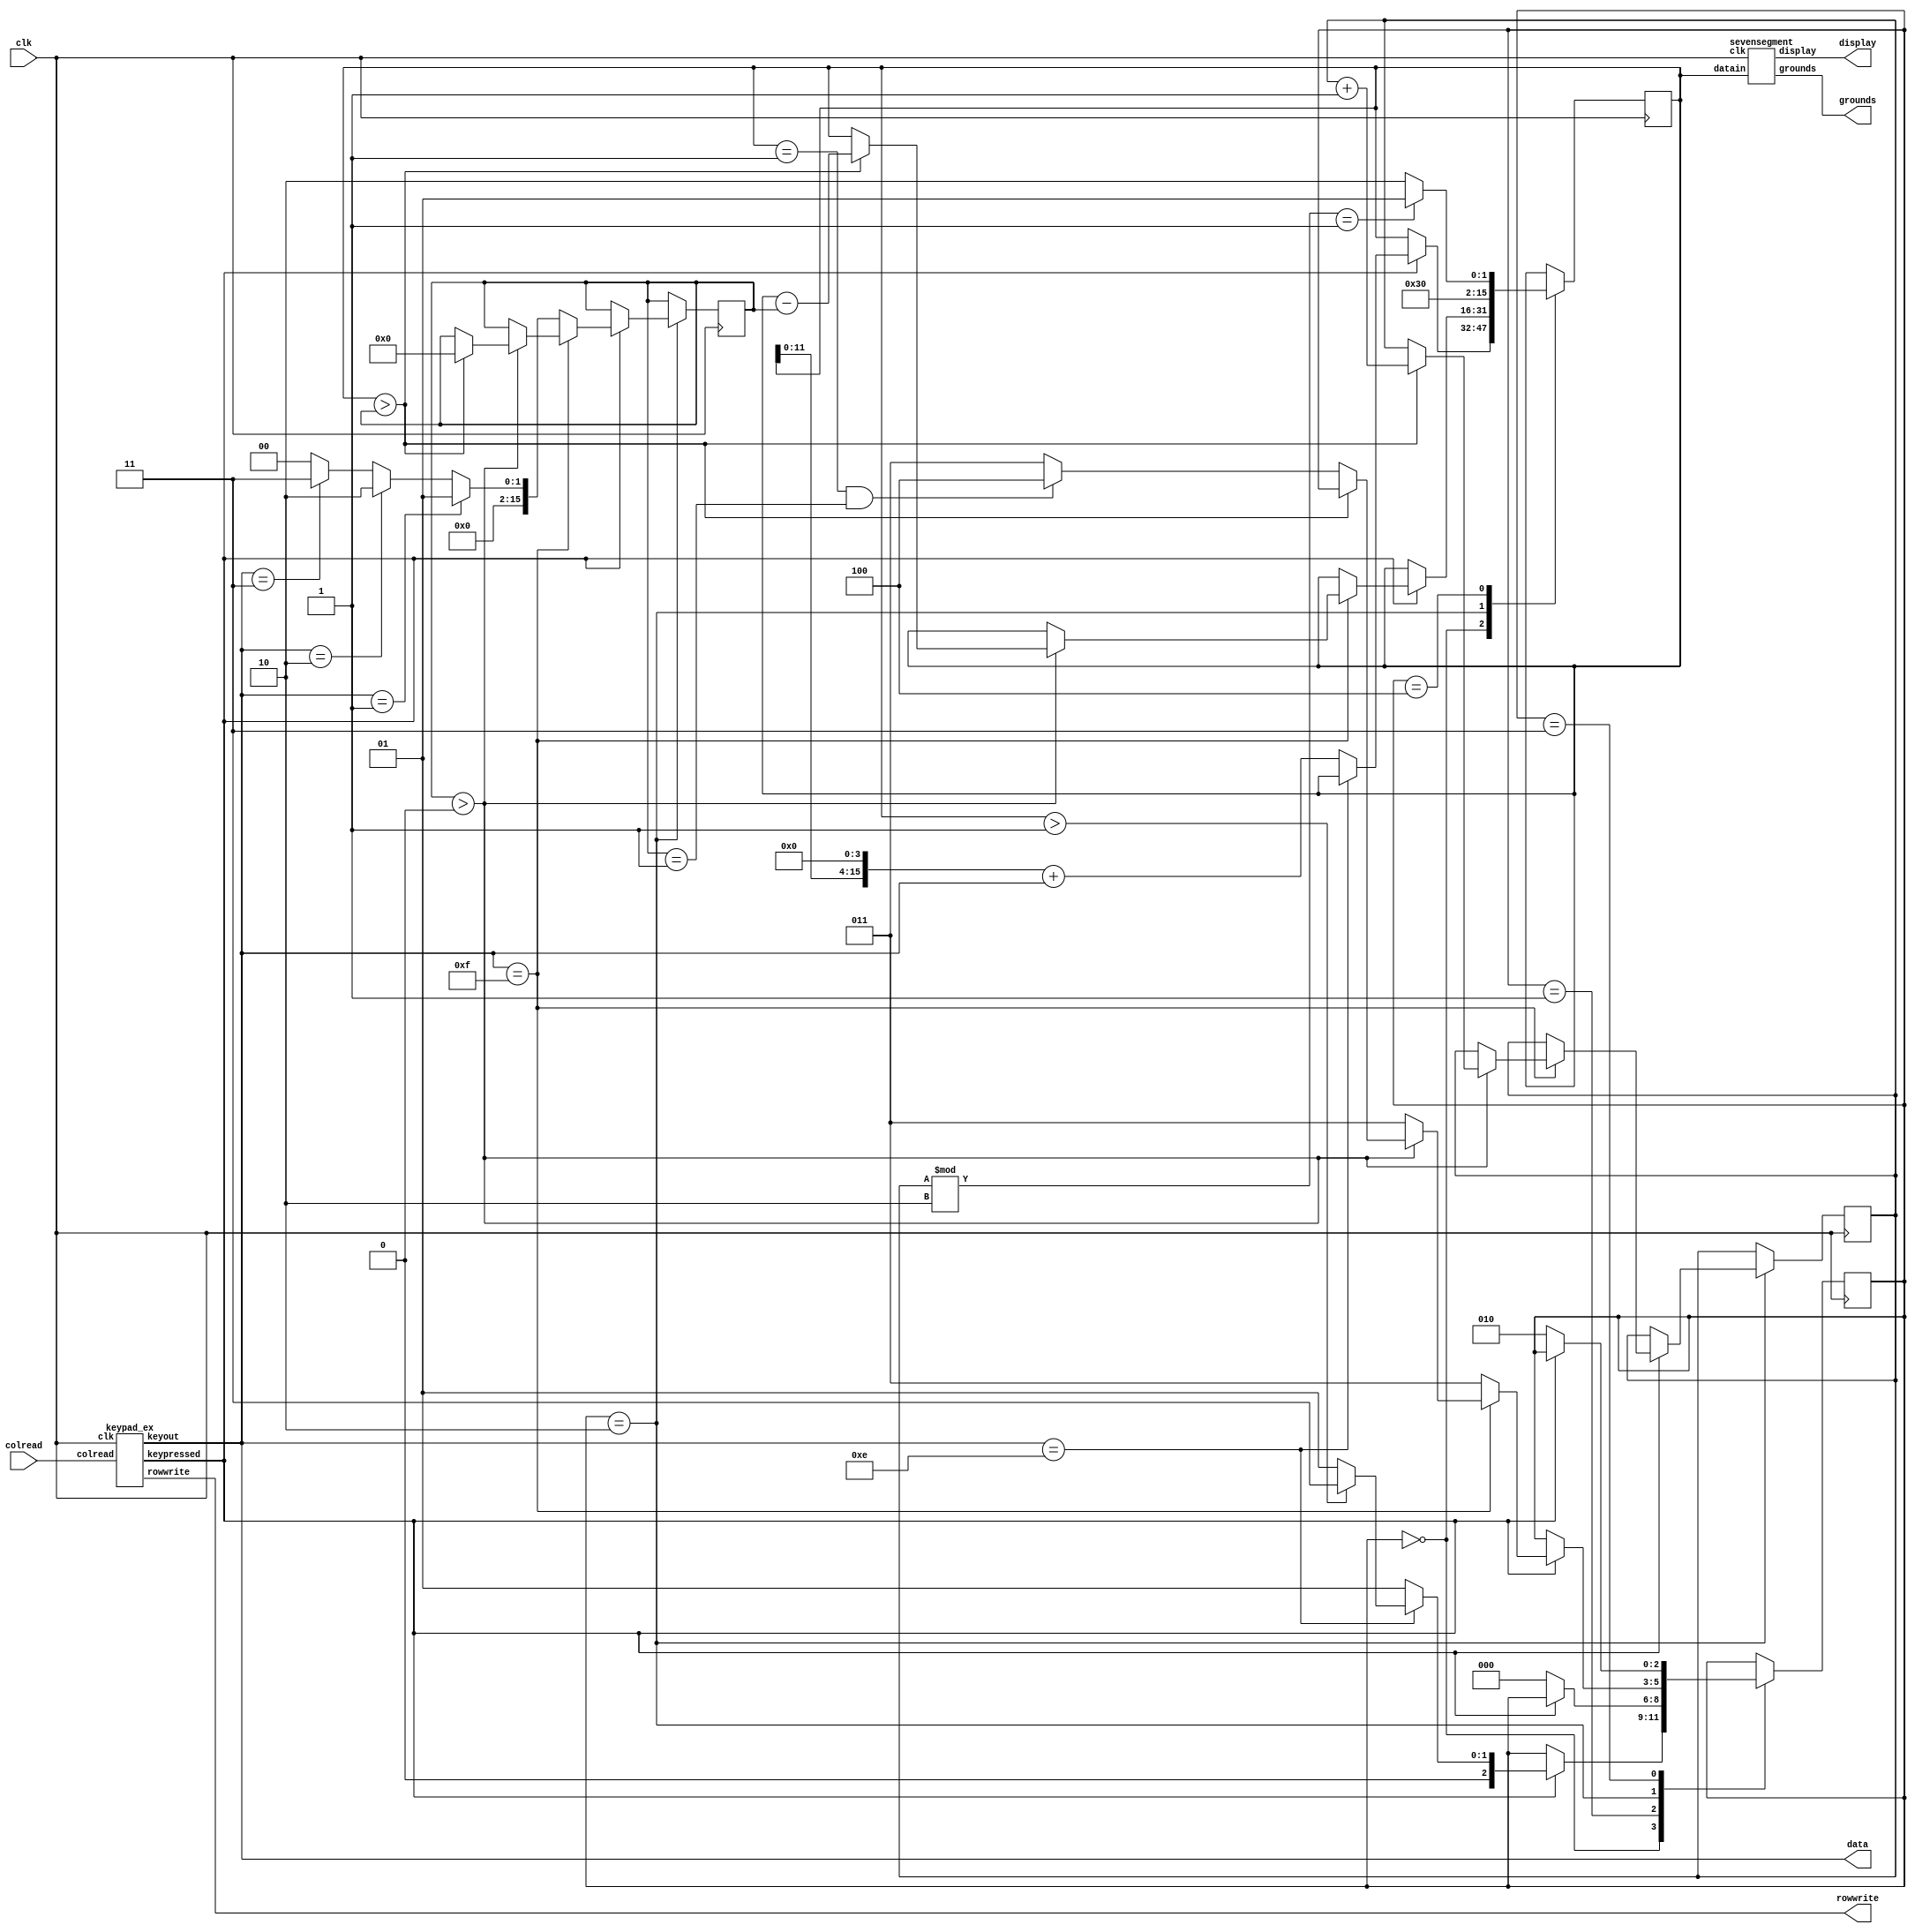
module zuckberberg (  output wire [3:0] rowwrite,
						input [3:0] colread,
						input clk,
						output wire [3:0] data,
						
						output wire [3:0] grounds,
						output wire [6:0] display
					);
reg [15:0] data_all;
wire [3:0] keyout;
reg [25:0] clk1;
wire keypressed;
reg [2:0] state;
reg [15:0] buffer;
reg winner;

assign data=keyout;

sevensegment ss1 (.datain(data_all), .grounds(grounds), .display(display), .clk(clk));

keypad_ex  kp1(.rowwrite(rowwrite),.colread(colread),.clk(clk),.keyout(keyout),.keypressed(keypressed));






always @(posedge clk)
	case(state)
		3'b000:
				if (keypressed)
					begin
						if (keyout==4'hE)
							begin
								if (data_all>16'b1)
									state<=3'b11;
								else
									state<=3'b1;
							end
						else
							begin
								data_all<=(data_all<<4)+keyout;
								state<=3'b1;
							end

					end
		3'b001:
				if (~keypressed)
					state<=0;
					
		3'b010:
				if (keypressed)
					begin
						if(keyout==4'hF)
							begin
								if(buffer>16'h0)
									begin
										if(data_all > buffer)
											begin
												data_all<=data_all - buffer;
												winner<=winner+1;
												buffer<=16'b0;
											end
										else
											begin
												if((data_all==1) && (buffer==1))
													state<=3'b100;
												else
													state<=3'b011;
											end
									end
								else
									state<=3'b011;
							end
						else if(keyout==4'h1)
							begin
								buffer<=16'b01;
								state<=3'b011;
							end
						else if(keyout==4'h2)
							begin
								buffer<=16'b10;
								state<=3'b011;
							end
						else if(keyout==4'h3)
							begin
								buffer<=16'b11;
								state<=3'b011;
							end
						else
							begin
								buffer<=16'b0;
								state<=3'b011;
							end
				end
							
		3'b011:
				if (~keypressed)
						state<=3'b010;
		3'b100:
				if(winner % 2 == 1)
					data_all=16'hc1;
				else
					data_all=16'hc2;
				
				
		
	endcase
	
	
	
initial 
	begin
		buffer=16'b0;
		winner=0;
		state=0;
	end

endmodule

module keypad_ex (
						output reg [3:0] rowwrite,
						input [3:0] colread,
						input clk,
						output reg [3:0] keyout,
						output wire keypressed
						);
						
reg [25:0] clk1;
reg [3:0] keyread;
reg [3:0] rowpressed;
reg [3:0] pressedcol [0:3];
reg [11:0] rowpressed_buffer0;
reg [11:0] rowpressed_buffer1;
reg [11:0] rowpressed_buffer2;
reg [11:0] rowpressed_buffer3;

reg [3:0] rowpressed_debounced;
always @(posedge clk)
	clk1<=clk1+1;

always @(posedge clk1[15])
	rowwrite<={rowwrite[2:0], rowwrite[3]};

always @(posedge clk1[15])
	if (rowwrite== 4'b1110)
		begin
			rowpressed[0]<= ~(&colread); //colread=1111--> none of them pressed, colread=1110 --> 1, colread=1101-->2, 1011-->3, 0111->A
			pressedcol[0]<=colread;
		end
	else if (rowwrite==4'b1101)
		begin
			rowpressed[1]<= ~(&colread); //colread=1111--> none of them pressed, colread=1110 --> 4, colread=1101-->5, 1011-->6, 0111->B
			pressedcol[1]<=colread;
		end
	else if (rowwrite==4'b1011)
		begin
			rowpressed[2]<= ~(&colread); //colread=1111--> none of them pressed, colread=1110 --> 7, colread=1101-->8, 1011-->9, 0111->C
			pressedcol[2]<=colread;
		end
	else if (rowwrite==4'b0111)
		begin
			rowpressed[3]<= ~(&colread); //colread=1111--> none of them pressed, colread=1110 --> *(E), colread=1101-->0, 1011-->#(F), 0111->D
			pressedcol[3]<=colread;
		end
		
wire transition0_10;
wire transition0_01;

assign transition0_10=~|rowpressed_buffer0;
assign transition0_01=&rowpressed_buffer0;

wire transition1_10;
wire transition1_01;

assign transition1_10=~|rowpressed_buffer1;
assign transition1_01=&rowpressed_buffer1;

wire transition2_10;
wire transition2_01;

assign transition2_10=~|rowpressed_buffer2;
assign transition2_01=&rowpressed_buffer2;

wire transition3_10;
wire transition3_01;

assign transition3_10=~|rowpressed_buffer3; //kpd=1-->0
assign transition3_01=&rowpressed_buffer3;  //kpd=0-->1


always @(posedge clk1[15])
	begin
		rowpressed_buffer0<= {rowpressed_buffer0[10:0],rowpressed[0]};
		if (rowpressed_debounced[0]==0 && transition0_01)
			rowpressed_debounced[0]<=1;
		if (rowpressed_debounced[0]==1 && transition0_10)
			rowpressed_debounced[0]<=0;
	
	rowpressed_buffer1<= {rowpressed_buffer1[10:0],rowpressed[1]};
		if (rowpressed_debounced[1]==0 && transition1_01)
			rowpressed_debounced[1]<=1;
		if (rowpressed_debounced[1]==1 && transition1_10)
			rowpressed_debounced[1]<=0;
			
	rowpressed_buffer2<= {rowpressed_buffer2[10:0],rowpressed[2]};
		if (rowpressed_debounced[2]==0 && transition2_01)
			rowpressed_debounced[2]<=1;
		if (rowpressed_debounced[2]==1 && transition2_10)
			rowpressed_debounced[2]<=0;
	
	rowpressed_buffer3<= {rowpressed_buffer3[10:0],rowpressed[3]};
		if (rowpressed_debounced[3]==0 && transition3_01)
			rowpressed_debounced[3]<=1;
		if (rowpressed_debounced[3]==1 && transition3_10)
			rowpressed_debounced[3]<=0;
	end 

always @*
	begin
		if (rowpressed_debounced[0]==1)
			begin
				if (pressedcol[0]==4'b1110)
					keyread=4'h1;
				else if (pressedcol[0]==4'b1101)
					keyread=4'h2;
				else if (pressedcol[0]==4'b1011)
					keyread=4'h3;
				else if (pressedcol[0]==4'b0111)
					keyread=4'hA;
				else keyread=4'b0000;
			end
		else if (rowpressed_debounced[1]==1)
			begin
				if (pressedcol[1]==4'b1110)
					keyread=4'h4;
				else if (pressedcol[1]==4'b1101)
					keyread=4'h5;
				else if (pressedcol[1]==4'b1011)
					keyread=4'h6;
				else if (pressedcol[1]==4'b0111)
					keyread=4'hB;
				else keyread=4'b0000;
			end
		else if (rowpressed_debounced[2]==1)
			begin
				if (pressedcol[2]==4'b1110)
					keyread=4'h7;
				else if (pressedcol[2]==4'b1101)
					keyread=4'h8;
				else if (pressedcol[2]==4'b1011)
					keyread=4'h9;
				else if (pressedcol[2]==4'b0111)
					keyread=4'hC;
				else keyread=4'b0000;
			end
		else if (rowpressed_debounced[3]==1)
			begin
				if (pressedcol[3]==4'b1110)
					keyread=4'hE;
				else if (pressedcol[3]==4'b1101)
					keyread=4'h0;
				else if (pressedcol[3]==4'b1011)
					keyread=4'hF;
				else if (pressedcol[3]==4'b0111)
					keyread=4'hD;
				else keyread=4'b0000;
			end
		else keyread=4'b0000;
	end //always


assign keypressed= rowpressed_debounced[0]||rowpressed_debounced[1]||rowpressed_debounced[2]||rowpressed_debounced[3];
	
always @(posedge keypressed)
			keyout<=keyread;

initial rowwrite=4'b1110;		

endmodule

module sevensegment(datain, grounds, display, clk);
	input wire [15:0] datain;
	output reg [3:0] grounds;
	output reg [6:0] display;
	input clk;	
	reg [3:0] data [3:0];
	reg [1:0] count;
	reg [25:0] clk1;
	
	always @(posedge clk1[15])
		begin
			grounds <= {grounds[2:0],grounds[3]};
			count <= count + 1;
		end
	
	always @(posedge clk)
		clk1 <= clk1 + 1;
	
	always @(*)
		case(data[count])	
0:display=7'b1111110; //starts with a, ends with g
1:display=7'b0110000;
2:display=7'b1101101;
3:display=7'b1111001;
4:display=7'b0110011;
5:display=7'b1011011;
6:display=7'b1011111;
7:display=7'b1110000;
8:display=7'b1111111;
9:display=7'b1111011;
'ha:display=7'b1110111;
'hb:display=7'b0011111;
'hc:display=7'b0110111;
'hd:display=7'b0111101;
'he:display=7'b1001111;
'hf:display=7'b1000111;
//'hx:display=7';
default display=7'b1111111;
		endcase
	
	always @*
		begin
			data[0] = datain[15:12];
			data[1] = datain[11:8];
			data[2] = datain[7:4];
			data[3] = datain[3:0];
		end
		initial begin		
		count = 2'b0;
		grounds = 4'b1110;
		clk1 = 0;
	end
endmodule